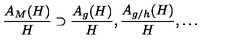
\frac { A _ { M } ( H ) } { H } \supset \frac { A _ { g } ( H ) } { H } , \frac { A _ { g / h } ( H ) } { H } , \ldots